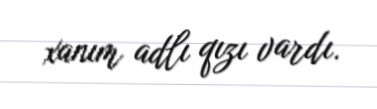
xanım adlı qızı vardı.